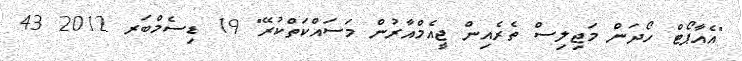
"އެއާޕޯޓް ހޯދަން މަޖިލިސް ތެރެއިން ޖީއެމްއާރުން މަސައްކަތްކުރޭ" 19 ޑިސެމްބަރ 2012 43